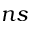
n s